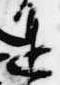
進